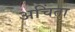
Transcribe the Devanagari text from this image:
अचिंता